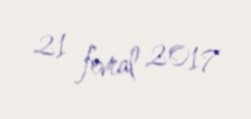
21 fevral 2017